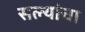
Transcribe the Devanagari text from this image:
सल्यांचा